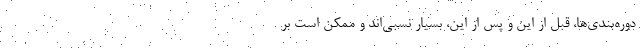
دوره‌بندی‌ها، قبل از این و پس از این، بسیار نسبی‌اند و ممکن است بر